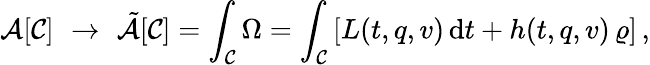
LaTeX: {\cal A}[{\cal C}]\, \, \rightarrow\, \, \tilde{\cal A}[{\cal C}]=\int_{\cal C}\Omega=\int_{\cal C}\left[L(t,q,v)\, \mathrm{d}t+h(t,q,v)\, \varrho\right]\, ,